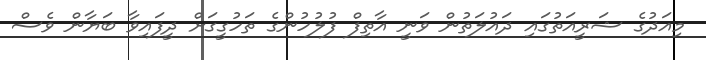
މިއަދުގެ ޝަރީއަތުގައި ދައުލަތުން ވަނީ އާތިފް ފުލުހުންގެ ތަހުގީގަށް ދީފައިވާ ބަޔާން ވެސް